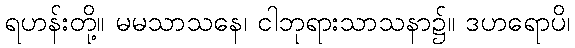
ရဟန်းတို့။ မမသာသနေ၊ ငါဘုရားသာသနာ၌။ ဒဟရောပိ၊